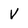
Character: V